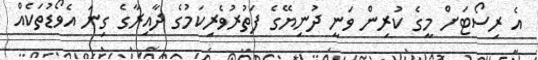
އެ ރިސޯޓަށް މީގެ ކުރިން ވަނީ ދުނިޔޭގެ ފަތުރުވެރިކަމުގެ ދާއިރާގެ ގިނަ އެވޯޑުތަކެއް